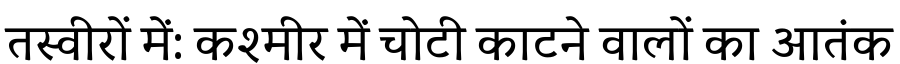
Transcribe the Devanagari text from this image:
तस्वीरों में: कश्मीर में चोटी काटने वालों का आतंक